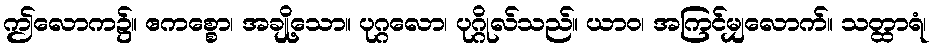
ဤလောက၌။ ဧကစ္စော၊ အချို့သော။ ပုဂ္ဂလော၊ ပုဂ္ဂိုလ်သည်။ ယာဝ၊ အကြင်မျှလောက်။ သတ္ထာရံ၊